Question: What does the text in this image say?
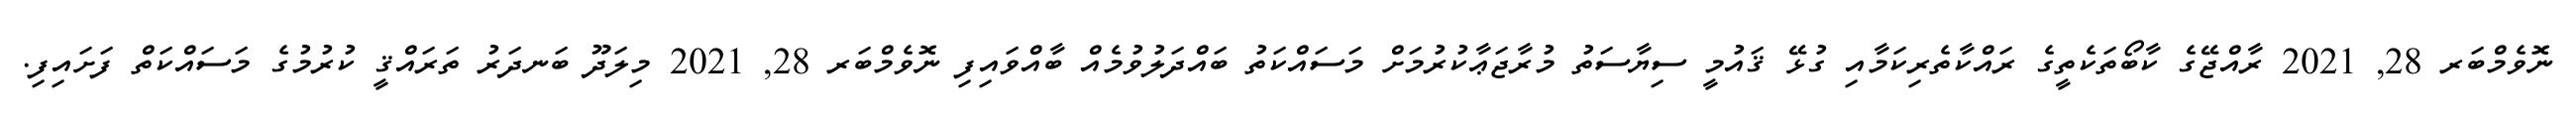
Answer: ނޮވެމްބަރ 28, 2021 ރާއްޖޭގެ ކާބޯތަކެތީގެ ރައްކާތެރިކަމާއި ގުޅޭ ޤައުމީ ސިޔާސަތު މުރާޖަޢާކުރުމަށް މަސައްކަތު ބައްދަލުވުމެއް ބާއްވައިފި ނޮވެމްބަރ 28, 2021 މިލަދޫ ބަނދަރު ތަރައްޤީ ކުރުމުގެ މަސައްކަތް ފަށައިފި.